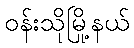
ဝန်းသိုမြို့နယ်